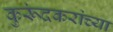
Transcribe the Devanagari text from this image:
कुरूंदकरांच्या